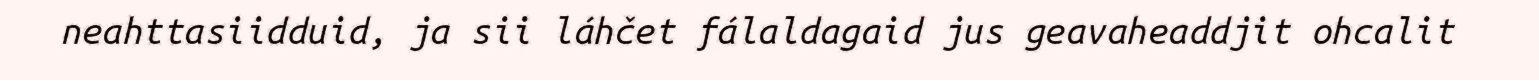
neahttasiidduid, ja sii láhčet fálaldagaid jus geavaheaddjit ohcalit